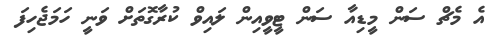
އެ މެޗް ސަން މީޑިއާ ސަން ޓީވީއިން ލައިވް ކުރާގޮތަށް ވަނީ ހަމަޖެހިފަ